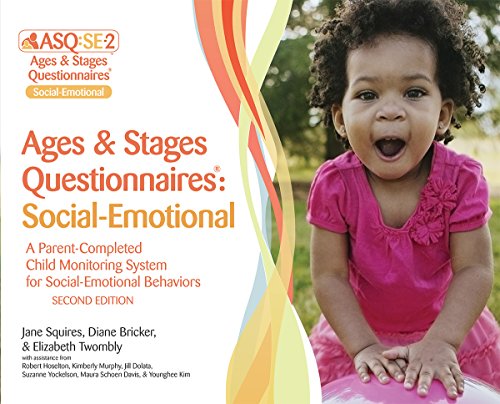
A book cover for ASQ:SE-2(TM) Starter Kit; Jane Squires Ph.D.; Medical Books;